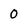
Character: 0